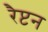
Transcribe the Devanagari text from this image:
रैप्टन